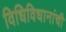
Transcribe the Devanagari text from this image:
विधिविधानांची